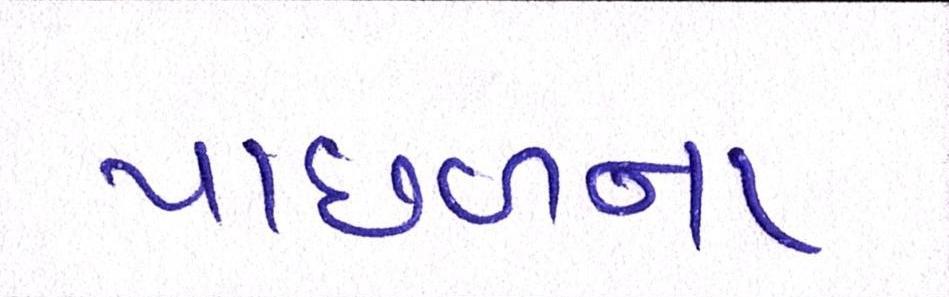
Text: પાછળના